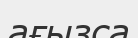
ағызса